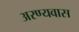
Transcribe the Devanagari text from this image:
अरण्यवास